Annual report of the Punjab Veterinary College and of the Civil Veterinary Department, Punjab - 1894-1908
Year: 1894
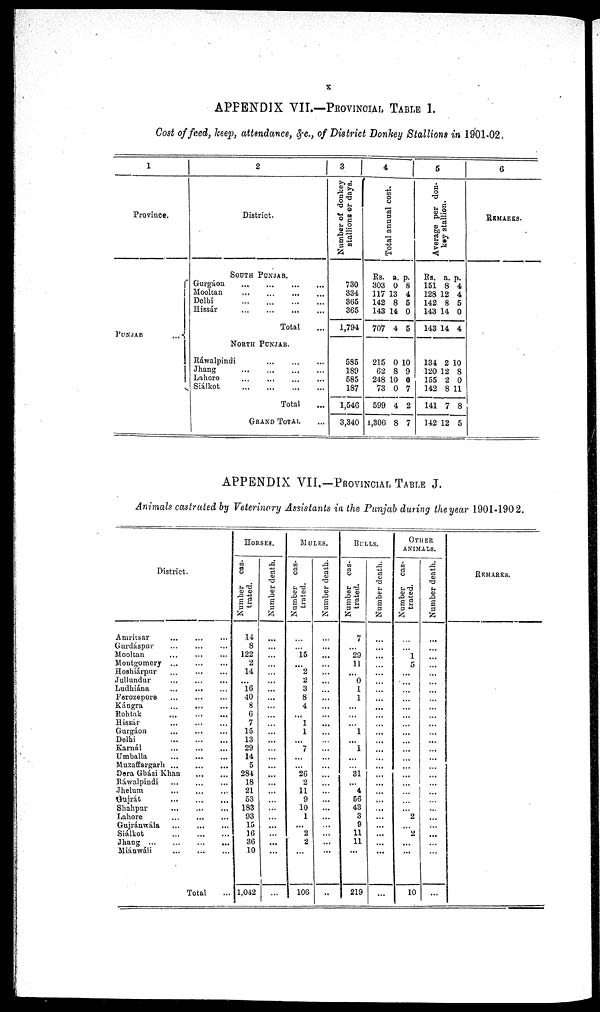
x
APPENDIX VII.—PROVINCIAL TABLE 1.
Cost of feed, keep, attendance, &c., of District Donkey Stallions in 1901-02.
1
Province.
PUNJAB
...
2
District.
SOUTH PUNJAB
Gurgáon ... ... ... ...
Mooltan ... ... ... ...
Delhi ... ... ... ...
Hissár ... ... ... ...
Total ...
NORTH
PUNJAB.
Rawalpindi
... ... ... ...
Jhang
...
...
...
...
Lahore ... ...
Siálkot
...
...
...
...
...
Total ...
GRAND TOTAL ...
3
Number of donkey
stallions or days.
730
334
365
365
1,794
585
189
585
187
1,546
3,340
4
Tot al annual cost.
Rs.
303
117
142
143
707
215
62
248
73
599
1,306
a.
0
13
8
14
4
0
8
10
0
4
8
p.
8
4
5
0
5
10
9
0
7
2
7
5
Average per don-
key stallion.
Rs.
151
128
142
143
143
134
120
155
142
141
142
a.
8
12
8
14
14
2
12
2
8
7
12
p.
4
4
5
0
4
10
8
0
11
8
5
6
REMARKS.
APPENDIX VII.-PROVINCIAL TABLE J.
Animals castrated by Veterinary Assistants in the Punjab during the year 1901-1902.
District.
Amritsar
...
...
...
Gurdáspur ... ... ... ... ...
Mooltan ... ... ... ... ...
Montgomery ... ... ... ... ...
Hoshiárpur ... ... ... ... ...
Jullundur ... ... ... ... ...
Ludhiána ... ... ... ... ...
Ferozepore ... ... ... ... ...
Kángra ... ... ... ... ...
Rohtak ... ... ... ... ...
Hissár ... ... ... ... ...
Gurgáon ... ... ... ... ...
Delhi ... ... ... ... ...
Karná ... ... ... ... ...
Umballa ... ... ... ... ...
Muzaffargarh ... ... ... ... ...
Dera Gbázi Khan ... ... ... ... ...
Ráwalpindi ... ... ... ... ...
Jhelum ... ... ... ... ...
Gujrát ... ... ... ... ...
Shahpur ... ... ... ... ...
Lahore ... ... ... ... ...
Gujránwála ... ... ... ... ...
Siálkot ... ... ... ... ...
Jhang ... ... ... ... ...
Miánwáli ... ... ... ... ...
Total ...
HORSES.
Number cas-
trated.
14
8
122
2
14
...
16
40
8
6
7
15
13
29
14
5
284
18
21
53
183
93
15
16
36
10
1,042
Number death.
...
...
...
...
...
...
...
...
...
...
...
...
...
...
...
...
...
...
...
...
...
...
...
...
...
...
...
MULES.
Number cas-
trated.
...
...
15
...
2
2
3
8
4
...
1
1
...
7
...
...
26
2
11
9
10
1
...
2
2 ...
106
Number death.
...
...
...
...
...
...
...
...
...
...
...
...
...
...
...
...
...
...
...
...
...
...
...
...
...
...
...
BULLS.
Number cas-
trated.
7
...
29
11
...
0
1
1
...
...
...
1
...
1
...
...
31
...
4
56
43
3
9
11
11
...
219
Number death.
...
...
...
...
...
...
...
...
...
...
...
...
...
...
...
...
...
...
...
...
...
...
...
...
...
...
...
OTHER
ANIMALS.
Number cas-
trated.
...
...
1
5
...
...
...
...
...
...
...
...
...
...
...
...
...
...
...
...
...
2
...
2
...
...
10
Number death.
...
...
...
...
...
...
...
...
...
...
...
...
...
...
...
...
...
...
...
...
...
...
...
...
...
...
...
REMARKS.